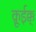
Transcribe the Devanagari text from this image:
क़ूईक्क्